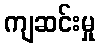
ကျဆင်းမှု